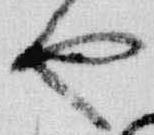
也